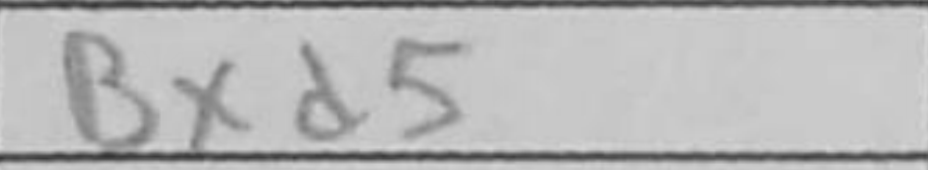
Transcription: Bxd5